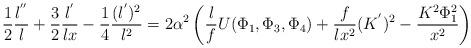
LaTeX: \begin{align*}\frac{1}{2}\frac{l^{''}}{l}+\frac{3}{2}\frac{l^{'}}{l x}-\frac{1}{4}\frac{(l^{'})^2}{l^2}=2\alpha^2 \left(\frac{l}{f}U(\Phi_1,\Phi_3,\Phi_4)+\frac{f}{lx^2}(K^{'})^2-\frac{K^2 \Phi_1^2}{x^2} \right)\end{align*}